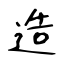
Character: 造